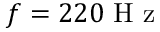
f = 2 2 0 \mathrm { ~ H ~ z ~ }